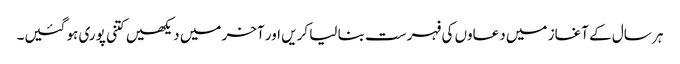
ہر سال کے آغاز میں دعاوں کی فہرست بنا لیا کریں اور آخر میں دیکھیں کتنی پوری ہو گئیں۔